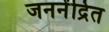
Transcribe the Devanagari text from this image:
जननेंद्रित